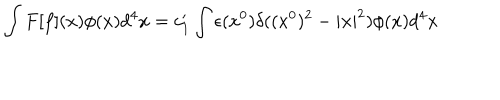
\int F [ f ] ( x ) \phi ( x ) d ^ { 4 } x = c _ { 1 } ^ { \prime } \int \epsilon ( x ^ { 0 } ) \delta ( ( x ^ { 0 } ) ^ { 2 } - | { \bf x } | ^ { 2 } ) \phi ( x ) d ^ { 4 } x